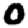
Digit: 0